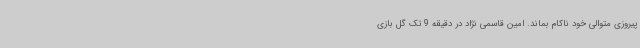
پیروزی متوالی خود ناکام بماند. امین قاسمی نژاد در دقیقه 9 تک گل بازی